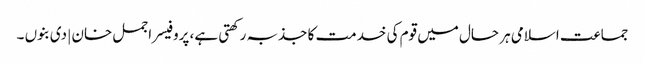
جماعت اسلامی ہر حال میں قوم کی خدمت کا جذبہ رکھتی ہے، پروفیسر اجمل خان | دی بنوں ۔